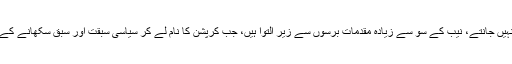
فواد حسن فواد اور آشیانہ ہاوسنگ اسکیم کو ملک میں کرپشن کا واحد اسکینڈل سمجھنے والے کیا نہیں جانتے، نیب کے سو سے زیادہ مقدمات برسوں سے زیر التوا ہیں، جب کرپشن کا نام لے کر سیاسی سبقت اور سبق سکھانے کے لیے ریاستی اداروں کو استمال کیا جاتا ہے، اس وقت ملک کو بیرونی دنیا بنانا ریپبلک کہتی ہے۔